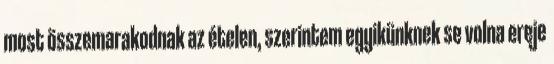
most összemarakodnak az ételen, szerintem egyikünknek se volna ereje